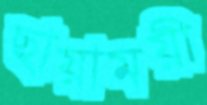
ছায়াময়ী